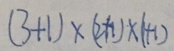
( 3 + 1 ) \times ( 2 + 1 ) \times ( 1 + 1 )